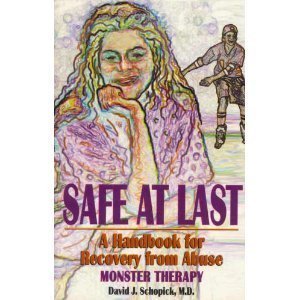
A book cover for Safe at Last: A Handbook for Recovery from Abuse; David J. Schopick; Teen & Young Adult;